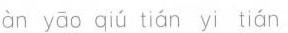
àn yāo qíu tián yì tián